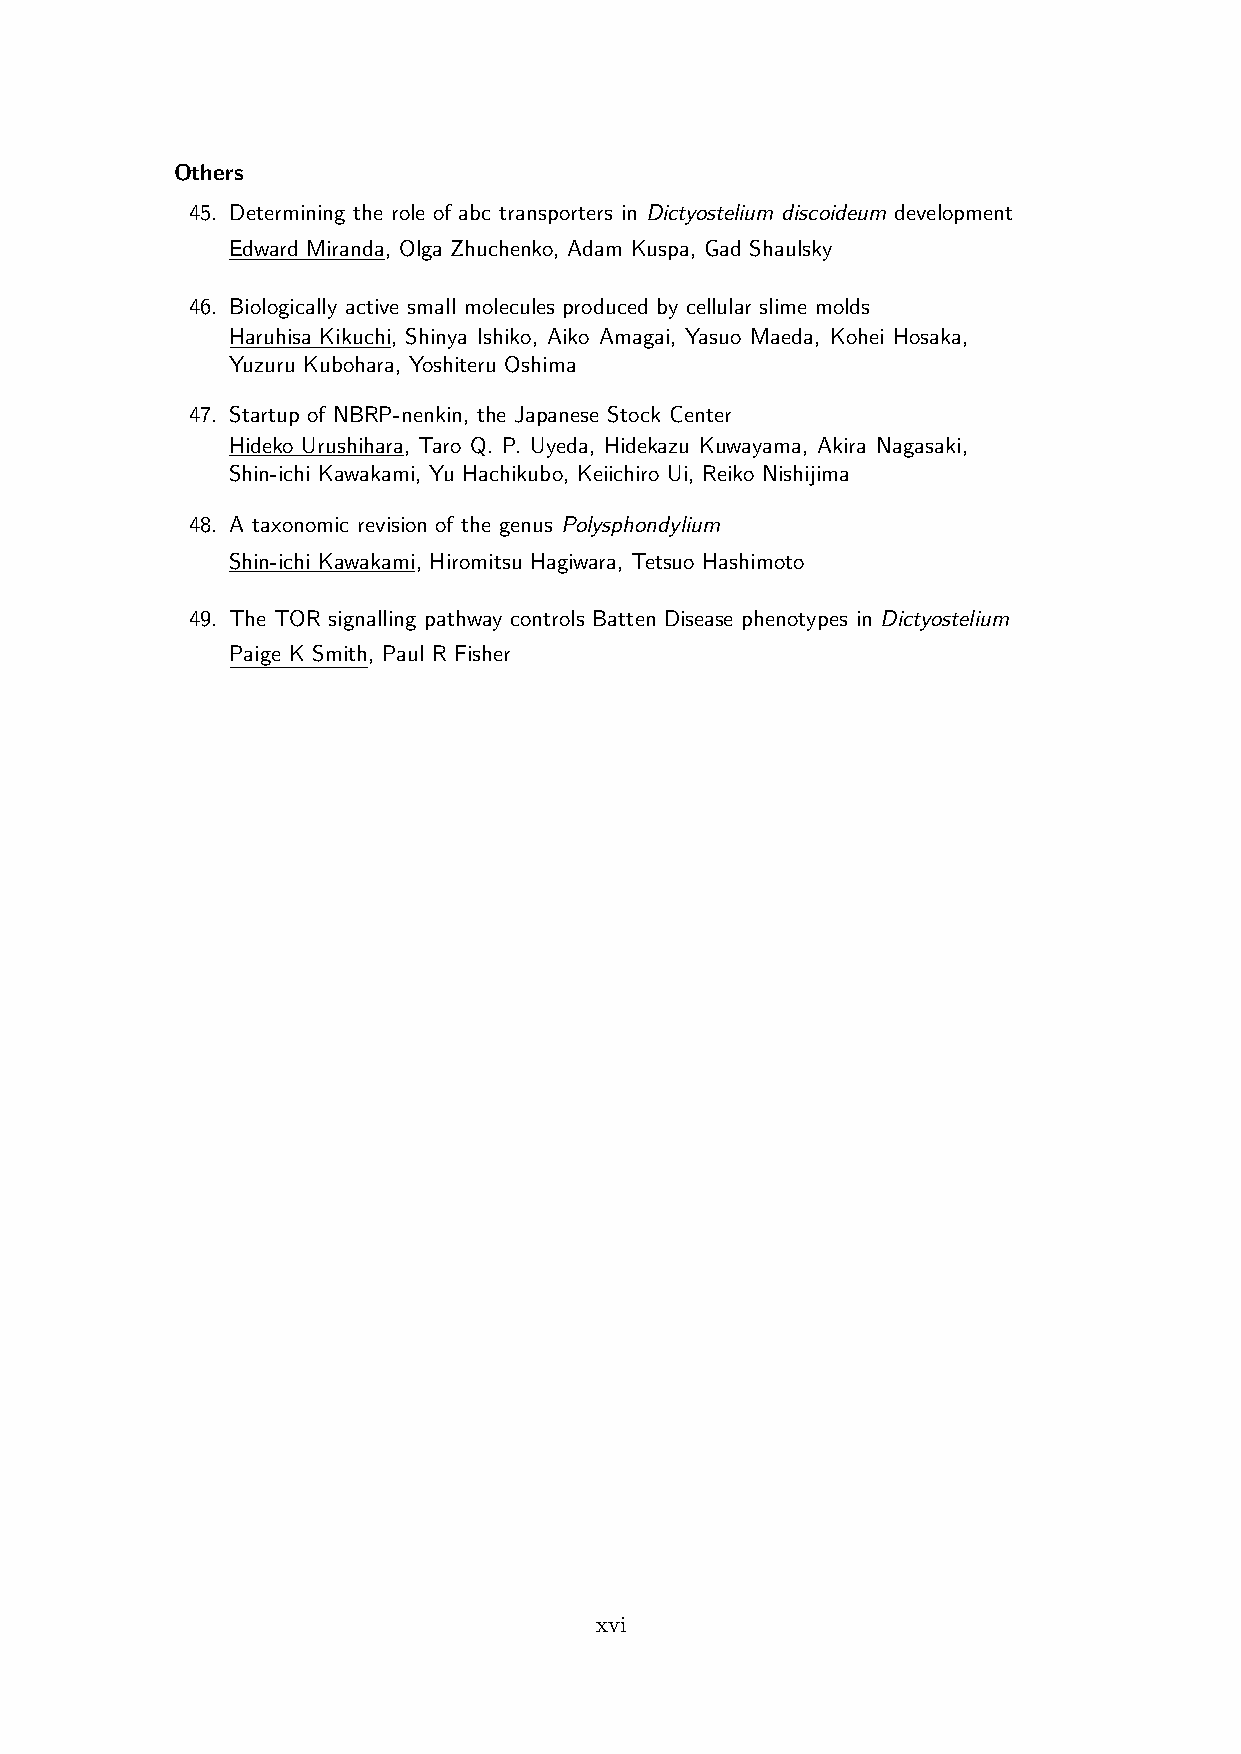
Others
 45. Determining the role of abc transporters in Dictyostelium discoideum development
 Edward Miranda, Olga Zhuchenko, Adam Kuspa, Gad Shaulsky
 46. Biologically active small molecules produced by cellular slime molds
 Haruhisa Kikuchi, Shinya Ishiko, Aiko Amagai, Yasuo Maeda, Kohei Hosaka,
 Yuzuru Kubohara, Yoshiteru Oshima
 47. Startup of NBRP-nenkin, the Japanese Stock Center
 Hideko Urushihara, Taro Q. P. Uyeda, Hidekazu Kuwayama, Akira Nagasaki,
 Shin-ichi Kawakami, Yu Hachikubo, Keiichiro Ui, Reiko Nishijima
 48. A taxonomic revision of the genus Polysphondylium
 Shin-ichi Kawakami, Hiromitsu Hagiwara, Tetsuo Hashimoto
 49. The TOR signalling pathway controls Batten Disease phenotypes in Dictyostelium
 Paige K Smith, Paul R Fisher
 xvi